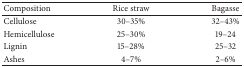
<table><thead><tr><td><b>Composition</b></td><td><b>Rice straw</b></td><td><b>Bagasse</b></td></tr></thead><tbody><tr><td>Cellulose</td><td>30–35%</td><td>32–43%</td></tr><tr><td>Hemicellulose</td><td>25–30%</td><td>19–24</td></tr><tr><td>Lignin</td><td>15–28%</td><td>25–32</td></tr><tr><td>Ashes</td><td>4–7%</td><td>2–6%</td></tr></tbody></table>